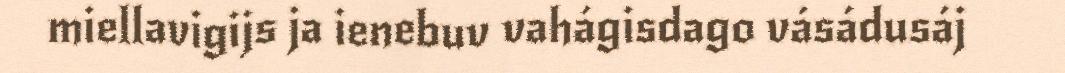
miellavigijs ja ienebuv vahágisdago vásádusáj